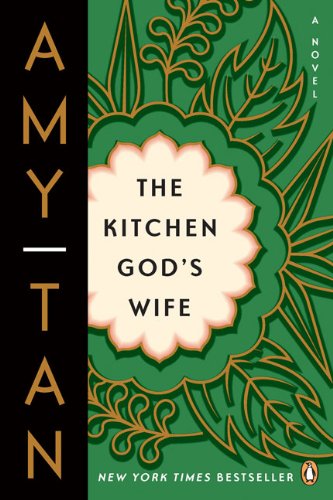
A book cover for The Kitchen God's Wife; Amy Tan; Literature & Fiction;